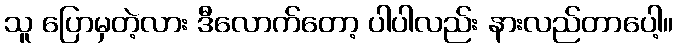
သူ ပြောမှတဲ့လား ဒီလောက်တော့ ပါပါလည်း နားလည်တာပေါ့။